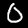
Digit: 0